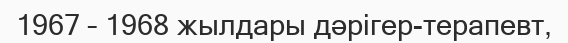
1967 – 1968 жылдары дәрігер-терапевт,